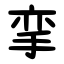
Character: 挛